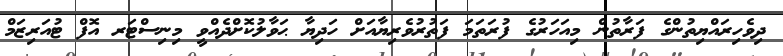
ދިވެހިރައްޔިތުންގެ ފަރާތުން މިއަހަރުގެ ފުރަތަމަ ފަތުރުވެރިޔާއަށް ހަދިޔާ ޙަވާލުކޮށްދެއްވީ މިނިސްޓަރ އޮފް ޓުއަރިޒަމް